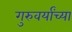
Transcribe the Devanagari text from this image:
गुरुवर्यांच्या